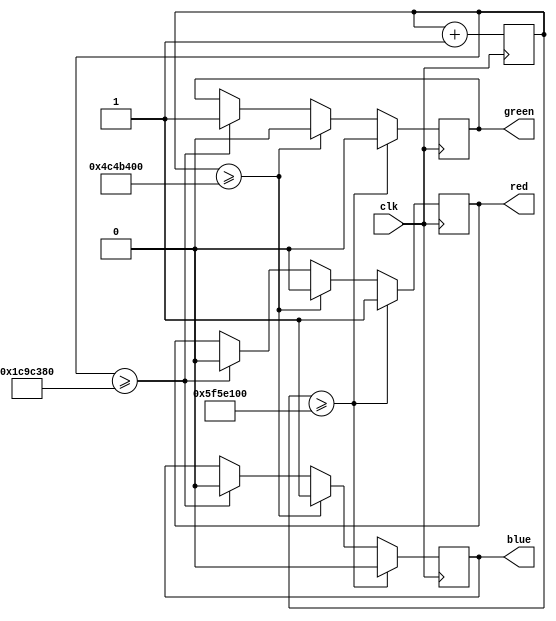
module odev_trafik(
  input clk,
  output reg red,
  output reg blue,
  output reg green
);

reg [23:0] counter;

always @(posedge clk) begin
  counter <= counter + 1;
  if (counter >= 100000000) begin // 10 saniye
    red <= 1;
    blue <= 0;
    green <= 0;
  end else if (counter >= 80000000) begin // 2 saniye
    red <= 0;
    blue <= 1;
    green <= 0;
  end else if (counter >= 30000000) begin // 5 saniye
    red <= 0;
    blue <= 0;
    green <= 1;
  end
end

endmodule